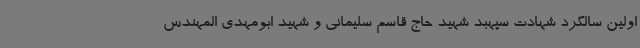
اولین سالگرد شهادت سپهبد شهید حاج قاسم سلیمانی و شهید ابومهدی المهندس